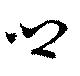
郷